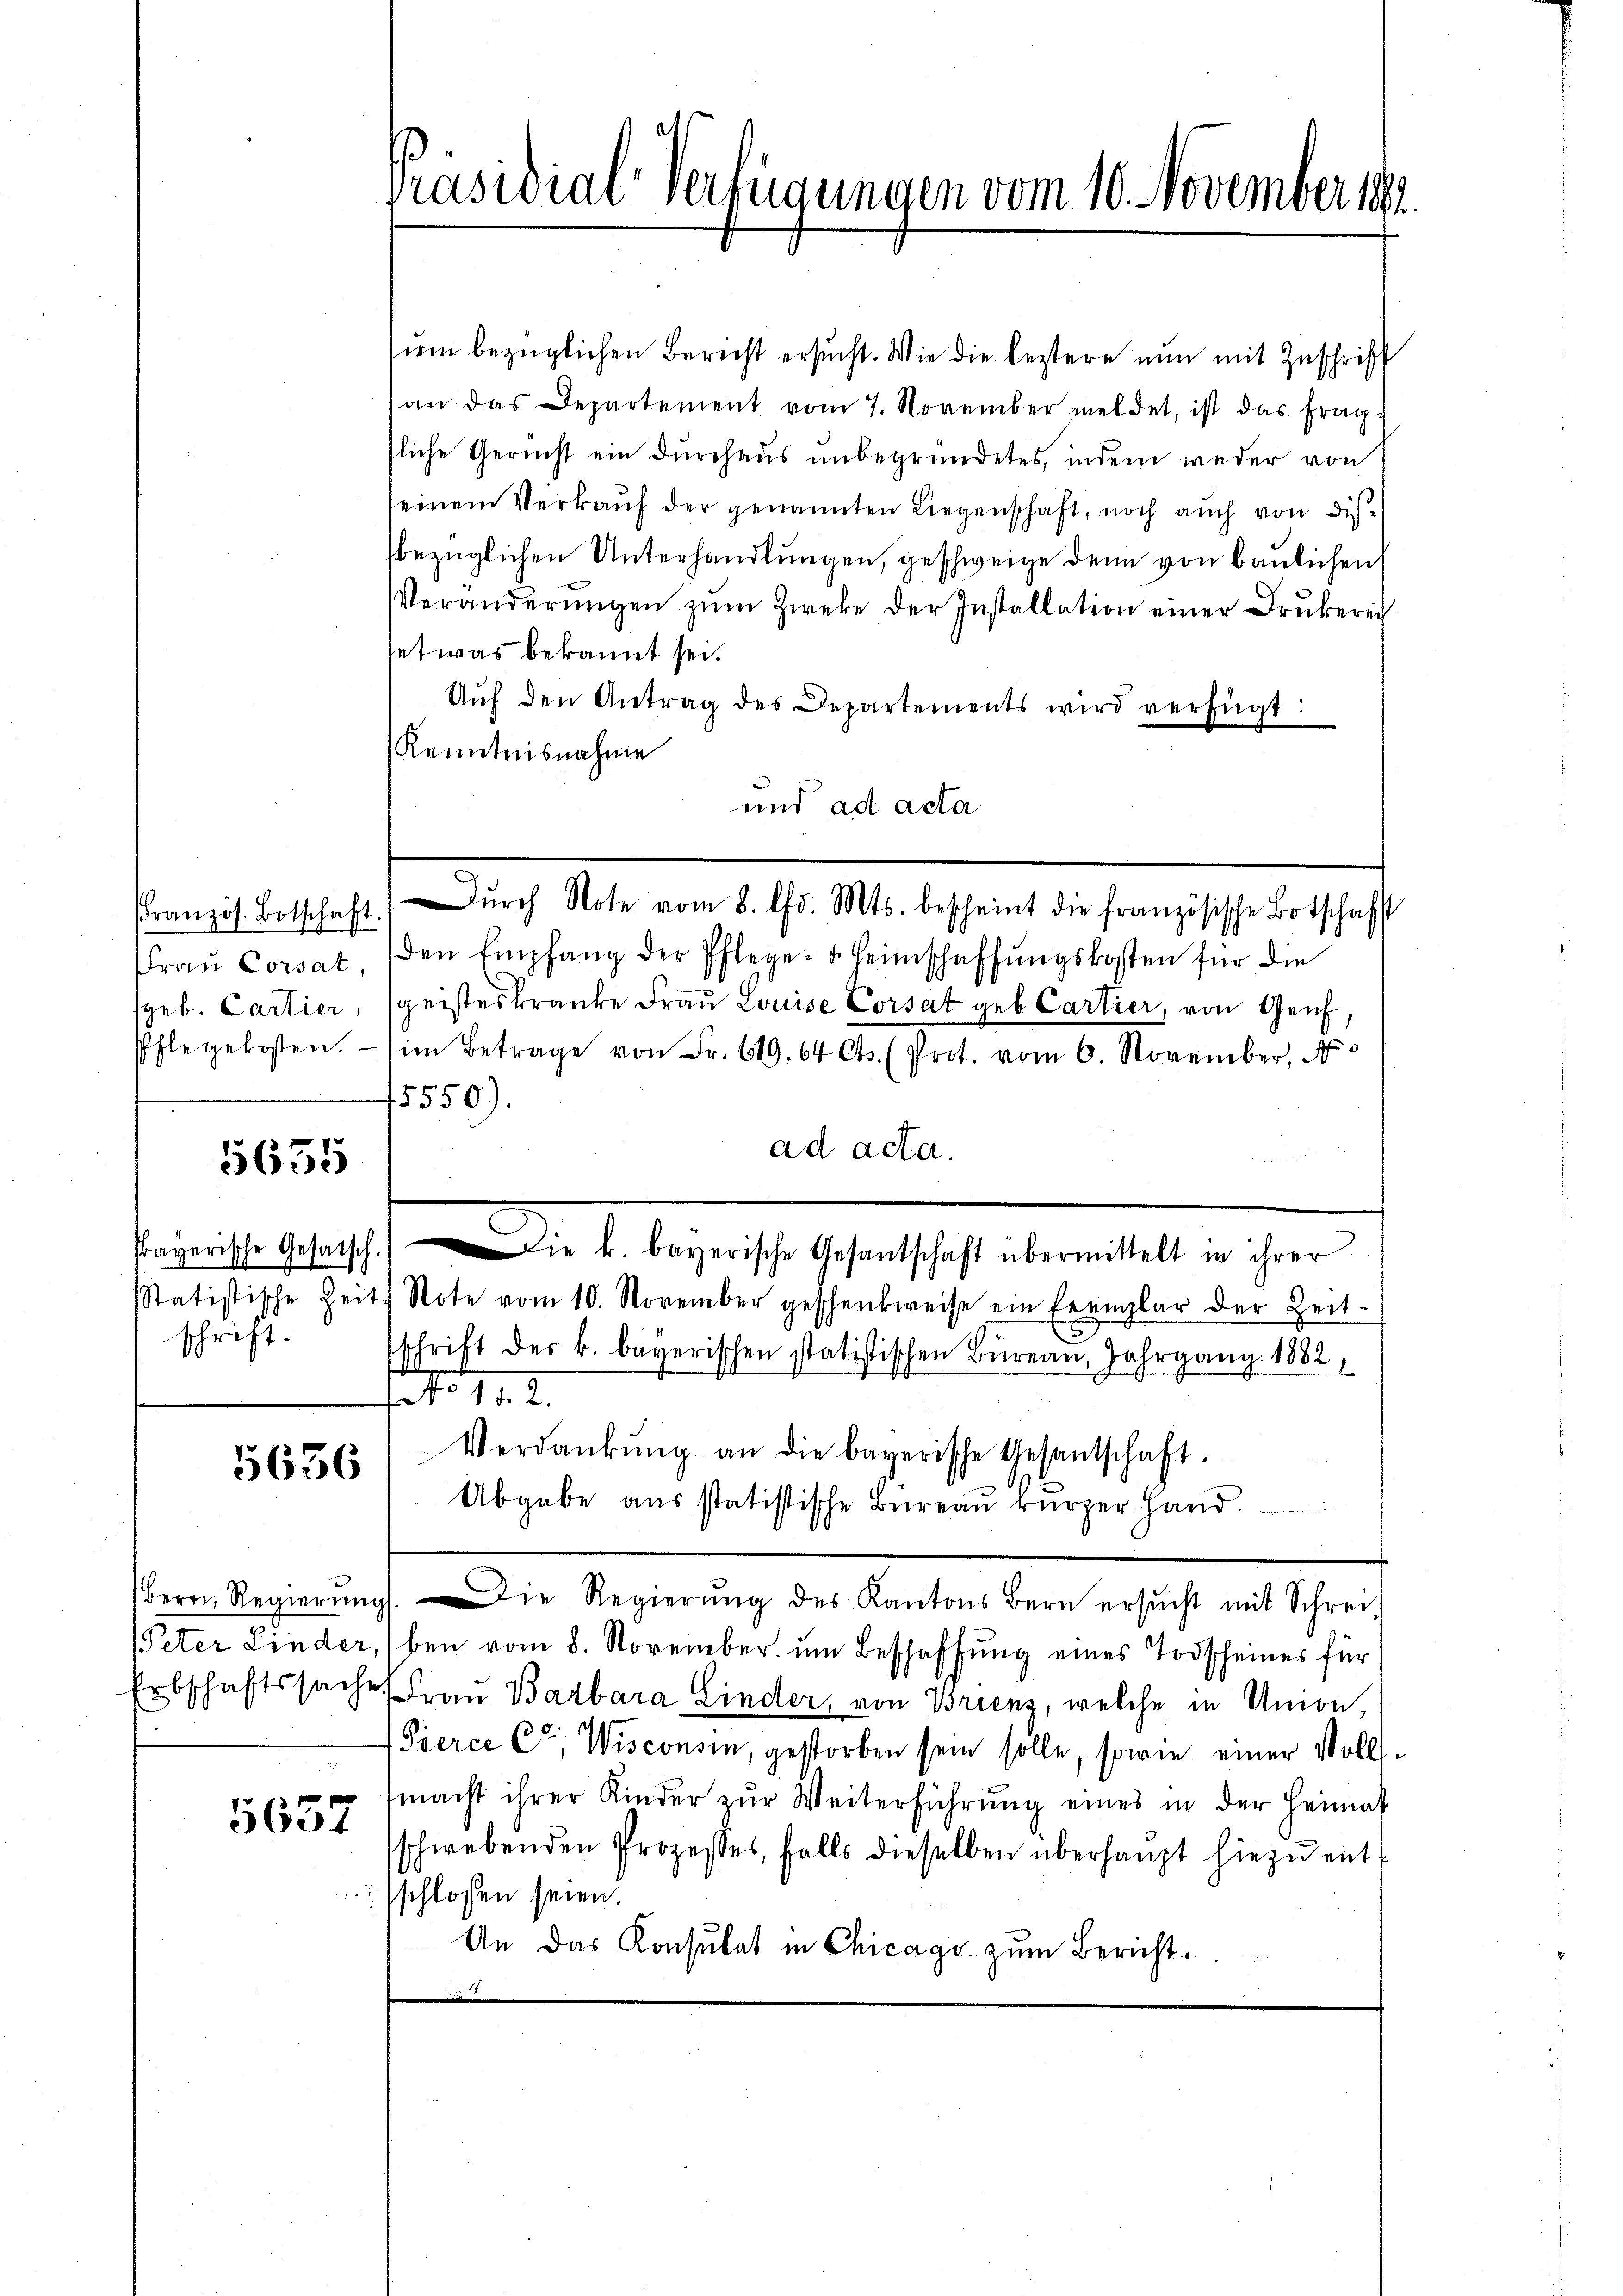
Pranzös. Botschaft
Frau Corsat,
geb. Cartier,
Pflegekosten.

5635

schrift.

5656

Bern, Regierung
Peter Linder
Erbschaftssach

5637

Präsidial-Verfügungen vom 10. November 1881.

sum bezüglichen Bericht ersucht. Wie die leztere nun mit Zuschrift
an das Departement vom 7. November meldet, ist das frag-
fliche Gericht ein Durchaus unbegründetes, indem weder von
seinem Verkauf der genannten Liegenschaft, noch auch von disbezüglichen Unterhandlungen, geschweige denn von baulichen
Veränderŭngen zŭm Zweke der Installation einer Drukerei
etwas bekannt sei.
Aŭf den Antrag des Departements wird verfügt:
Kenntnisnahme
und ad acta
den Empfang der Pflege. Heimschaffŭngskosten für die
sgeisteskranke Frau Louise Corsat geb. Cartier, von Genf,
im Betrage von Fr. 619. 64 Cts. (Prot. vom 6. November, N
5550)
ad acta.
Prayerische Gesatsch. Die k. bayerische Gesantschaft übermittelt in ihrer
Statistische Zeit Note vom 10. November geschenkweise ein Exemplar der Zeit-
schrift der k. bayerischen statistischen Bureau, Jahrgang 1882,
No 142.
Verdankŭng an die bayerische Gesantschaft.
Abgabe aus statistische Büreau kurzer Hand.
g. Die Regierŭng des Kantons Bern ersŭcht mit Schrei-
ben vom 8. November um Beschaffung eines Todscheines für
Frau Barbara Linder, von Brienz, welche in Union,
Pierce Ca, Wisconsin, gestorben sein solle, sowie einer Volls-
macht ihrer Kinder zŭr Weiterführŭng eines in der Heimat
schwebenden Prozesses, falls dieselben überhaŭpt hiezŭ ent-
schlossen seien.
An das Konsulat in Chicago zum Bericht.

Dŭrch Note vom 8. ds. Mts. bescheint die französische Botschaft